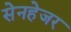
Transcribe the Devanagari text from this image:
सेनहेजर